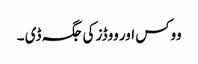
ووکس اور ووڈز کی جگہ ڈی ۔